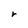
Character: r